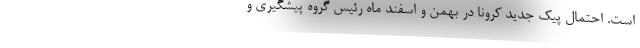
است. احتمال پیک جدید کرونا در بهمن و اسفند ماه رئیس گروه پیشگیری و